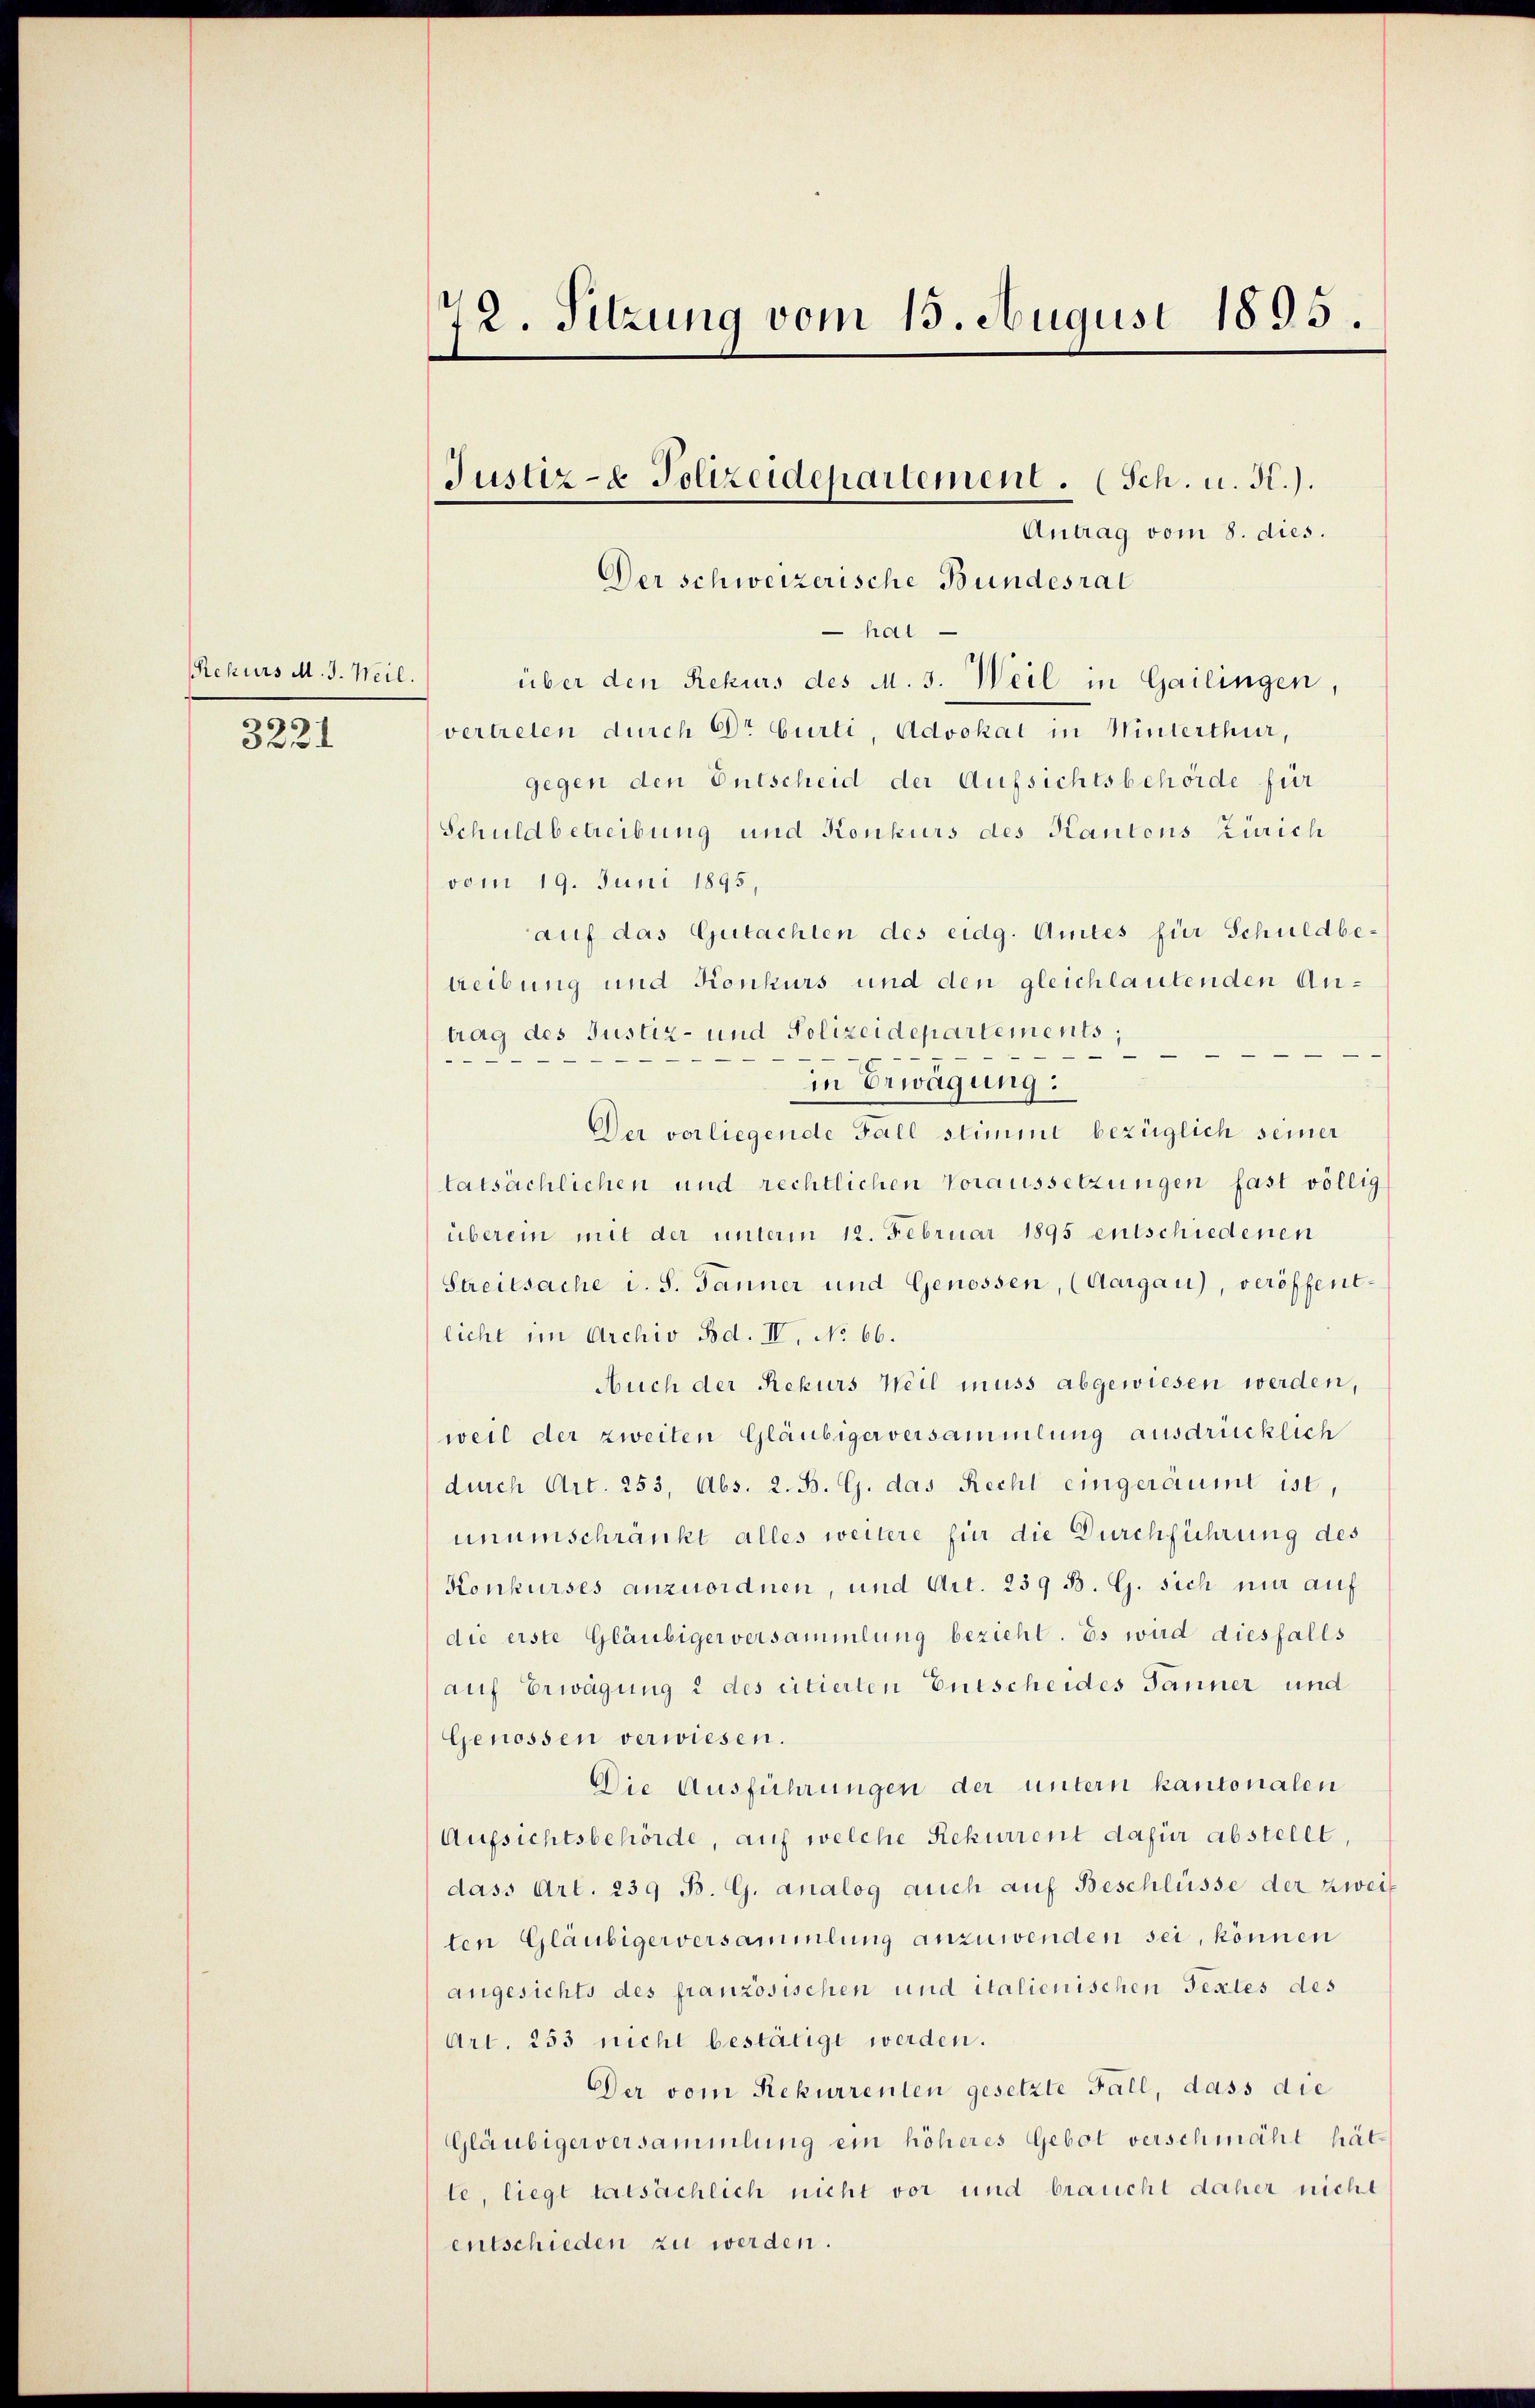
Rekurs M. J. Weil.

3221

Antrag vom 8. dies.
Der schweizerische Bundesrat
hai
über den Rekurs des M. 3. Weil in Gailingen,
vertreten durch Dr Curti, Advokat in Winterthur,
gegen den Entscheid der Aufsichtsbehörde für
Schuldbetreibung und Konkurs des Kantons Zürich
vom 19. Juni 1895,
auf das Gutachten des eidg. Amtes für Schuldbetreibung und Konkurs und den gleichlautenden Antrag des Justiz- und Polizeidepartements

in Erwägung:
Der vorliegende Fall stimmt bezüglich seiner
tatsächlichen und rechtlichen Voraussetzungen fast völlig
überein mit der unterm 12. Februar 1895 entschiedenen
Streitsache i. S. Jänner und Genossen, (Aargau), veröffentlicht im Archiv Bd. IV, No 66.
Auch der Rekurs Weil muss abgewiesen werden,
weil der zweiten Gläubiger versammlung ausdrücklich
durch Art. 253, Abs. 2. B. G. das Recht eingeräumt ist,
unumschränkt alles weitere für die Durchführung des
Konkurses anzuordnen, und Art. 239 B. G. sich nur auf
die erste Gläubiger versammlung bezieht. Es wird diesfalls
auf Erwägung 2 des citierten Entscheides Jänner und
Genossen verwiesen.
Die Ausführungen der untern kantonalen
Aufsichtsbehörde, auf welche Rekurrent dafür abstellt,
dass Art. 239 B. G. analog auch auf Beschlüsse der zweif
ten Gläubigerversammlung anzuwenden sei, können
angesichts des französischen und italienischen Textes des
Art. 253 nicht bestätigt werden.
Der vom Rekurrenten gesetzte Fall, dass die
Gläubigerversammlung ein höheres Gebot verschmäht hätte, liegt tatsächlich nicht vor und braucht daher nicht
entschieden zu werden.

72. Sitzung vom 13. August 1895.

Justiz- & Polizeidepartement. (Sch. u. A.).